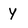
Character: Y